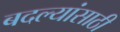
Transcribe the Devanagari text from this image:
बदल्यांसाठी